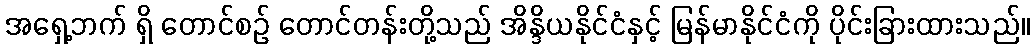
အရှေ့ဘက် ရှိ တောင်စဉ် တောင်တန်းတို့သည် အိန္ဒိယနိုင်ငံနှင့် မြန်မာနိုင်ငံကို ပိုင်းခြားထားသည်။